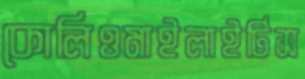
কোলিওমাইলাইটিস